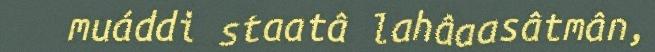
muáddi staatâ lahâaasâtmân,